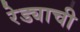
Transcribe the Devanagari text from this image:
रेड्याची